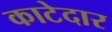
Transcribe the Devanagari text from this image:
काटेदार